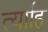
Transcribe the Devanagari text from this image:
त्याहि